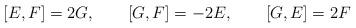
LaTeX: \begin{align*}[E,F]=2G,\qquad [G,F]=-2E,\qquad [G,E]=2F\end{align*}